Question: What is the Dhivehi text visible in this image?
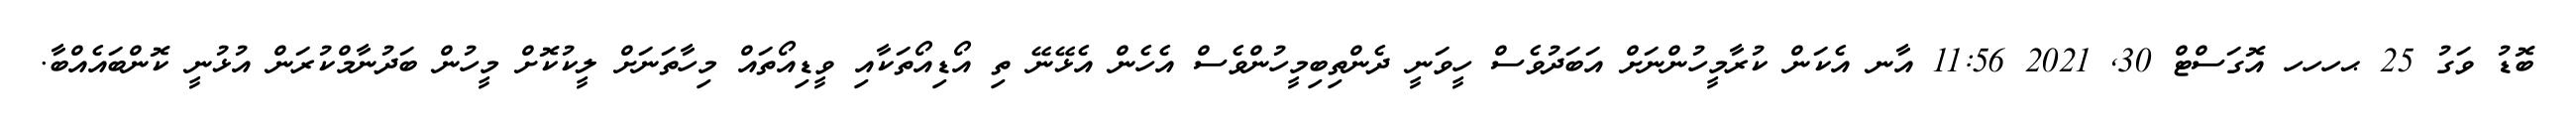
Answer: ބޮޑު ވަގު 25 ޙހހހ އޮގަސްޓް 30, 2021 11:56 އާނ އެކަން ކުރާމީހުންނަށް އަބަދުވެސް ހީވަނީ ދެންތިބިމީހުންވެސް އެހެން އެޅޭނޭ ތި އޯޑިއޯތަކާއި ވީޑިއޯތައް މިހާތަނަށް ލީކުކޮށް މީހުން ބަދުނާމްކުރަން އުޅުނީ ކޮންބައެއްބާ.